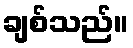
ချစ်သည်။